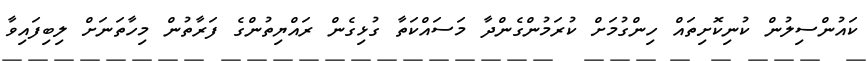
ކައުންސިލުން ކުނިކޮށިތައް ހިންގުމަށް ކުރަމުންގެންދާ މަސައްކަތާ ގުޅިގެން ރައްޔިތުންގެ ފަރާތުން މިހާތަނަށް ލިބިފައިވާ